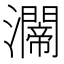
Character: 𤄇